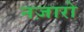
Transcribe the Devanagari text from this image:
नज़ारो